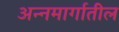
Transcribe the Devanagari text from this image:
अन्नमार्गातील